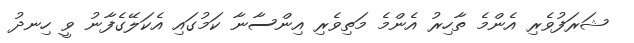
ޝަރަފުވެރި އެންމެ ތާހިރު އެންމެ މަތިވެރި އިންސާނާ ކަމުގައި އެކަލޭގެފާނު ވީ ހިނދު